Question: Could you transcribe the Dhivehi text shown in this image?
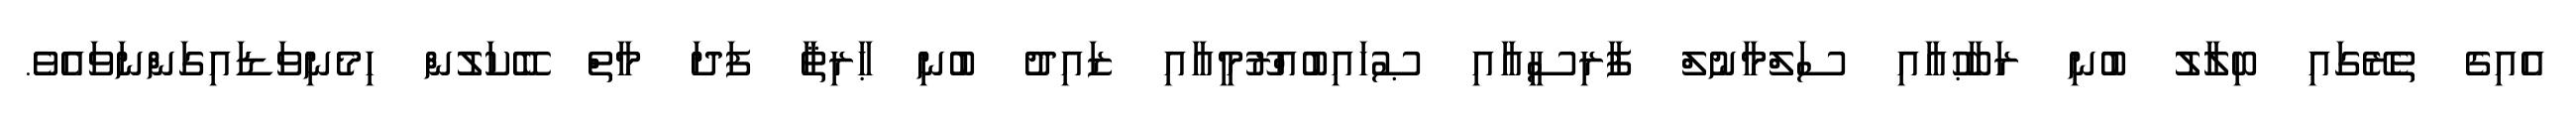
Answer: އެއިގެ ތެރޭގައި ބިލާލު ބުނި ރަބާޙުއާއި ސަލްމާނުލް ފާރިސީއާއި ޞުހައިބުއްރޫމީއާއި ޒައިދު ބުނި ޙާރިޘާ ފަދަ މާތް ބޭކަލުން ހިމެނިވަޑައިގަންނަވައެވެ.